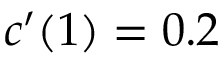
c ^ { \prime } ( 1 ) = 0 . 2